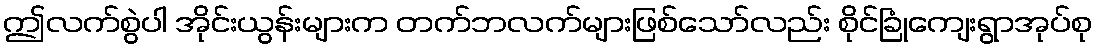
ဤလက်စွဲပါ အိုင်းယွန်းများက တက်ဘလက်များဖြစ်သော်လည်း စိုင်ခြုံကျေးရွာအုပ်စု